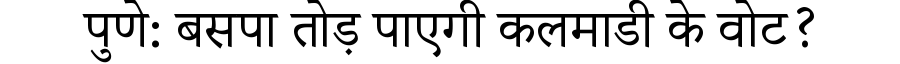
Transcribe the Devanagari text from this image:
पुणे: बसपा तोड़ पाएगी कलमाडी के वोट?